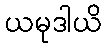
ယမုဒါယိ